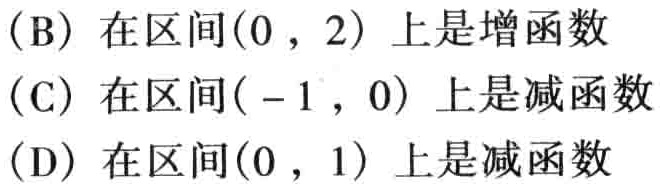
(B) 在区间\((0,2)\) 上是增函数
(C) 在区间\((-1,0)\) 上是减函数
(D) 在区间\((0,1)\) 上是减函数